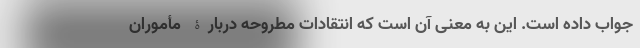
جواب داده است. این به معنی آن است که انتقادات مطروحه دربارۀ مأموران